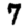
Digit: 7